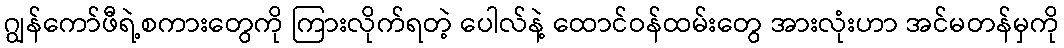
ဂျွန်ကော်ဖီရဲ့စကားတွေကို ကြားလိုက်ရတဲ့ ပေါလ်နဲ့ ထောင်ဝန်ထမ်းတွေ အားလုံးဟာ အင်မတန်မှကို